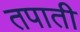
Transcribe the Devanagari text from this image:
तपाती